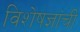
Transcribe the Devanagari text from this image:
विशेषज्ञांची